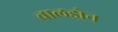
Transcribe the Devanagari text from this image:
चालड्रोन